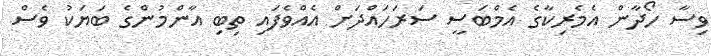
ވިސާ ހޯދާން އެމެރިކާގެ އެމްބަސީ ސަރަހައްދަށް އެއްވެފައި ތިބި އާންމުންގެ ބަޔަކު ވެސް